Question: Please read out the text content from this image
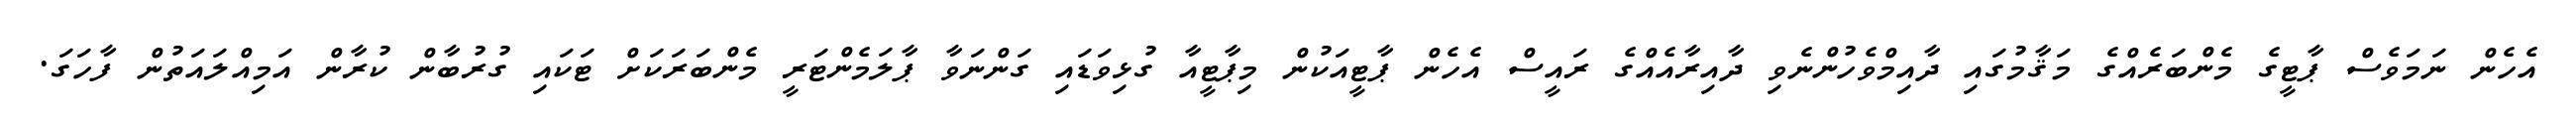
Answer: އެހެން ނަމަވެސް ޕާޓީގެ މެންބަރެއްގެ މަޤާމުގައި ދާއިމްވެހުންނެވި ދާއިރާއެއްގެ ރައީސް އެހެން ޕާޓީއަކުން މިޕާޓީއާ ގުޅިވަޑައި ގަންނަވާ ޕާލަމެންޓަރީ މެންބަރަކަށް ޓަކައި ގުރުބާން ކުރާން އަމިއްލައަތުން ފާހަގަ.